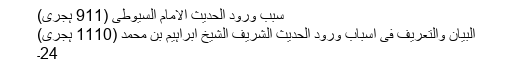
سبب ورود الحدیث الامام السیوطی (911 ہجری)
البیان والتعریف فی اسباب ورود الحدیث الشریف الشیخ ابراہیم بن محمد (1110 ہجری)
24۔